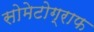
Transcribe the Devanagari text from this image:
सोमेटोग्राफ